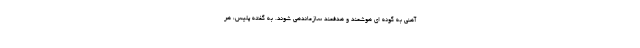
آهنی به گونه ای هوشمند و هدفمند سازماندهی شوند. به گفته پلیس، هر